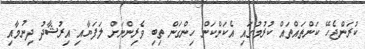
ކުރަންޖެހޭ ކަންތައްތައް ކުރުމުގައި އެކަންކަން ހިންގަން ތިބި ވެރިންނަށް ލަފަޔާއި އިރުޝާދު ދިނުމާއި